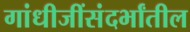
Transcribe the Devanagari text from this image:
गांधीजींसंदर्भांतील